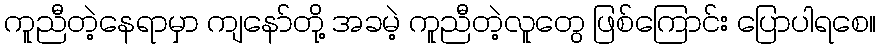
ကူညီတဲ့နေရာမှာ ကျနော်တို့ အခမဲ့ ကူညီတဲ့လူတွေ ဖြစ်ကြောင်း ပြောပါရစေ။